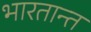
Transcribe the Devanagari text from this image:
भारतान्त